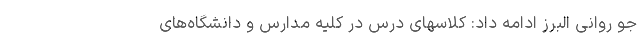
جو روانی البرز ادامه داد: کلاسهای درس در کلیه مدارس و دانشگاه‌های